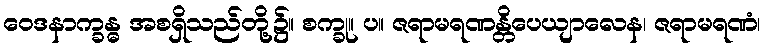
ဝေဒနာက္ခန္ဓ အစရှိသည်တို့၌။ စက္ခု။ ပ။ ဇရာမရဏန္တိပေယျာလေန၊ ဇရာမရဏံ၊